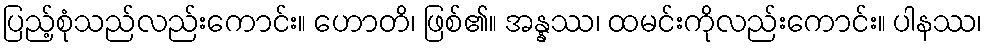
ပြည့်စုံသည်လည်းကောင်း။ ဟောတိ၊ ဖြစ်၏။ အန္နဿ၊ ထမင်းကိုလည်းကောင်း။ ပါနဿ၊